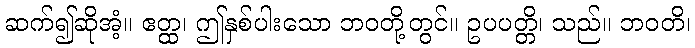
ဆက်၍ဆိုအံ့။ ဧတ္ထ၊ ဤနှစ်ပါးသော ဘဝတို့တွင်။ ဥပပတ္တိ၊ သည်။ ဘဝတိ၊